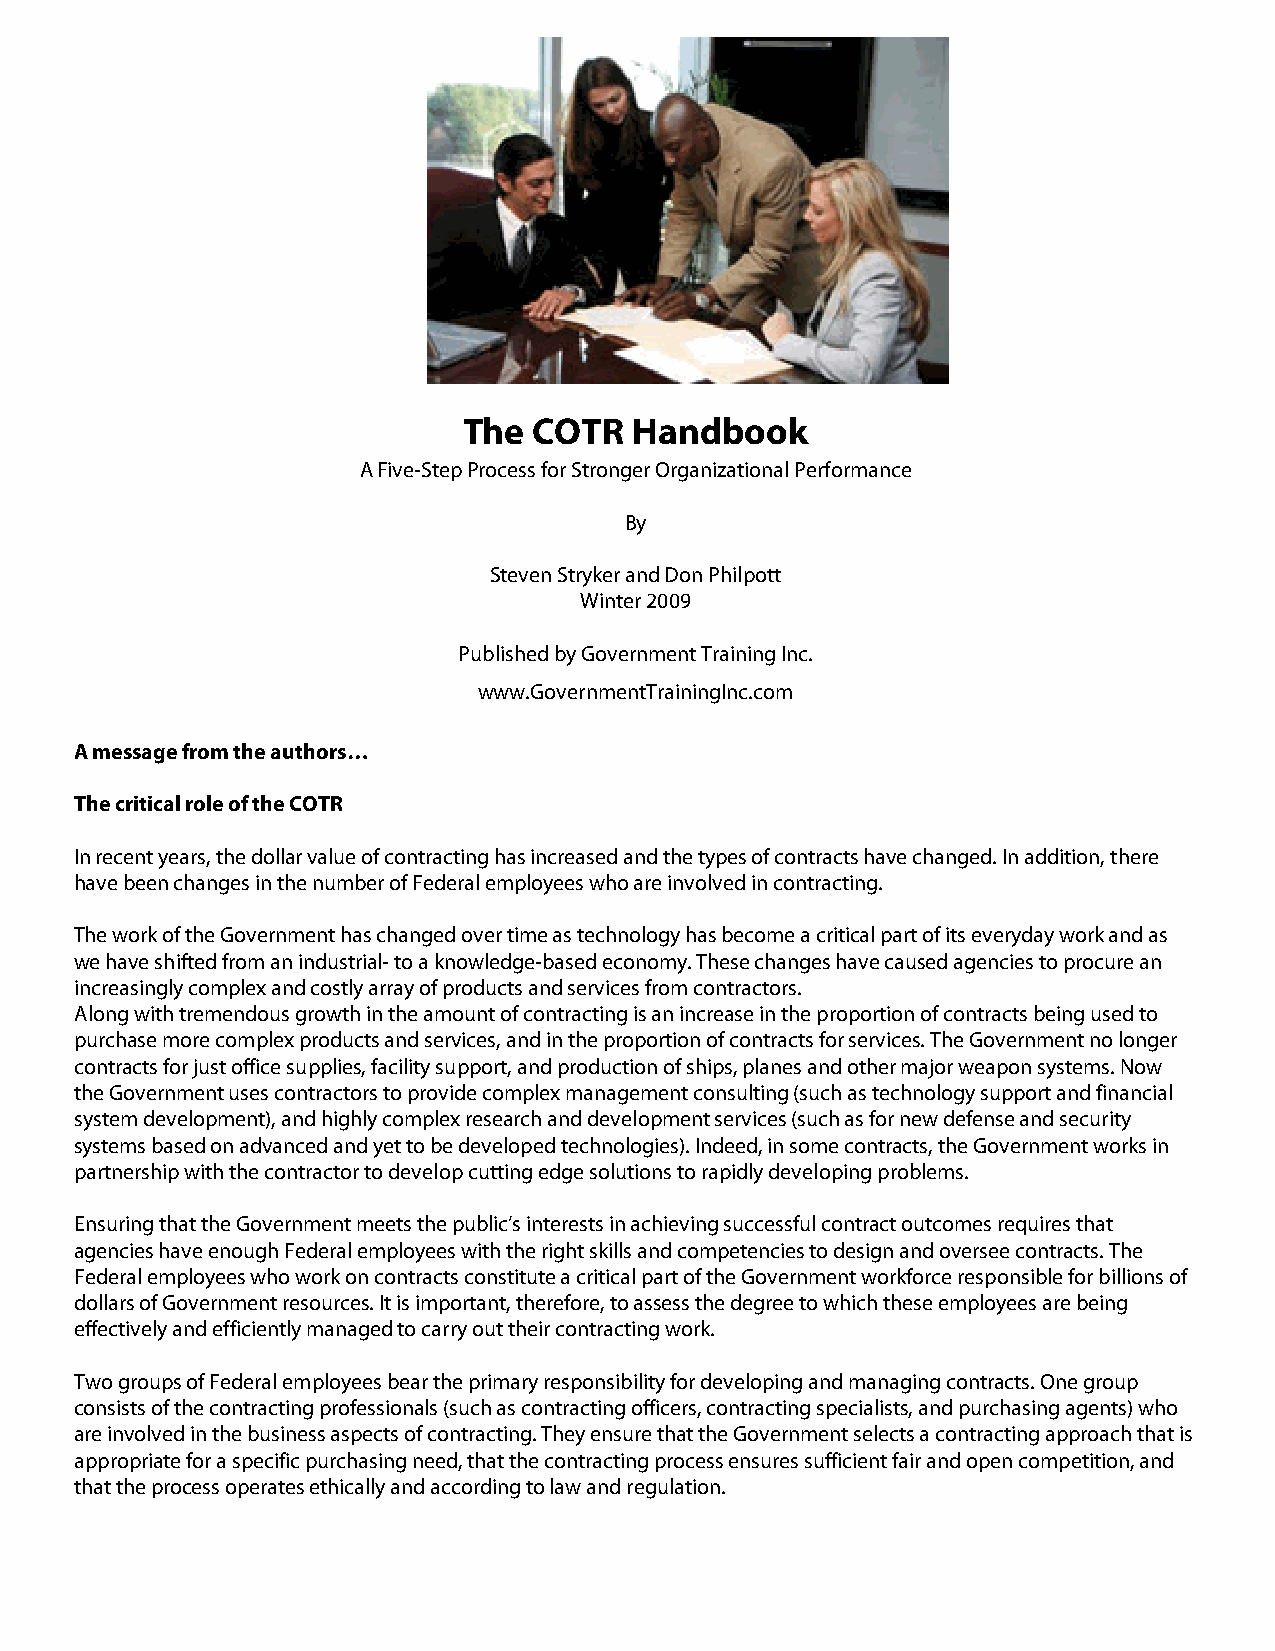
The COTR   Handbook
 A Five-Step Process for Stronger Organizational Performance
 By
 Steven Stryker and Don Philpott
 Winter 2009
 Published by Government Training Inc.
 www.GovernmentTrainingInc.com
 A message from the authors…
 The critical role of the COTR
 In recent years, the dollar value of contracting has increased and the types of contracts have changed. In addition, there
 have been changes in the number of Federal employees who are involved in contracting.
 The work of the Government has changed over time as technology has become a critical part of its everyday work and as
 we have shifted from an industrial- to a knowledge-based economy. These changes have caused agencies to procure an
 increasingly complex and costly array of products and services from contractors.
 Along with tremendous growth in the amount of contracting is an increase in the proportion of contracts being used to
 purchase more complex products and services, and in the proportion of contracts for services. The Government no longer
 contracts for just office supplies, facility support, and production of ships, planes and other major weapon systems. Now
 the Government uses contractors to provide complex management consulting (such as technology support and financial
 system development), and highly complex research and development services (such as for new defense and security
 systems based on advanced and yet to be developed technologies). Indeed, in some contracts, the Government works in
 partnership with the contractor to develop cutting edge solutions to rapidly developing problems.
 Ensuring that the Government meets the public’s interests in achieving successful contract outcomes requires that
 agencies have enough Federal employees with the right skills and competencies to design and oversee contracts. The
 Federal employees who work on contracts constitute a critical part of the Government workforce responsible for billions of
 dollars of Government resources. It is important, therefore, to assess the degree to which these employees are being
 effectively and efficiently managed to carry out their contracting work.
 Two groups of Federal employees bear the primary responsibility for developing and managing contracts. One group
 consists of the contracting professionals (such as contracting officers, contracting specialists, and purchasing agents) who
 are involved in the business aspects of contracting. They ensure that the Government selects a contracting approach that is
 appropriate for a specific purchasing need, that the contracting process ensures sufficient fair and open competition, and
 that the process operates ethically and according to law and regulation.